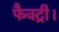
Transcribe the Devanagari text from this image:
फैक्ट्री।